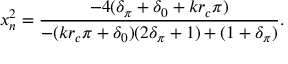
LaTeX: x _ { n } ^ { 2 } = \frac { - 4 ( \delta _ { \pi } + \delta _ { 0 } + k r _ { c } \pi ) } { - ( k r _ { c } \pi + \delta _ { 0 } ) ( 2 \delta _ { \pi } + 1 ) + ( 1 + \delta _ { \pi } ) } .